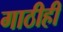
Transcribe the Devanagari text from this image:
गाठीही